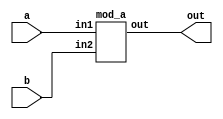
module top_module (
    input  wire a,
    input  wire b,
    output wire out
);
    mod_a inst_a (
        .in1    (a  ),
        .in2    (b  ),
        .out    (out)
    );
endmodule


module mod_a (
    input  wire in1,
    input  wire in2,
    output wire	out
);
    assign out = in1 & in2;
endmodule